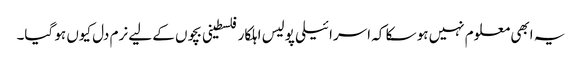
یہ ابھی معلوم نہیں ہو سکا کہ اسرائیلی پولیس اہلکار فلسطینی بچوں کے لیے نرم دل کیوں ہو گیا۔